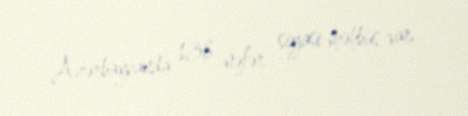
Azərbaycanda 138 nəfər siyasi məhbus var.